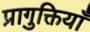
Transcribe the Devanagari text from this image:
प्रागुक्तियाँ